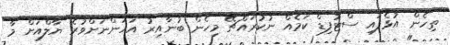
ތިހެން އުޅެފައި ސްޓުފިޑް ކަމެއް ނުކުރައްޗޭ މިހެން ބުނާއިރު އަހަންނަށްވުރެ ޔާލްއަށް މާ